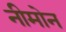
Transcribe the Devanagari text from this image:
नीमोन